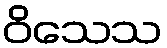
ဝိသေသ